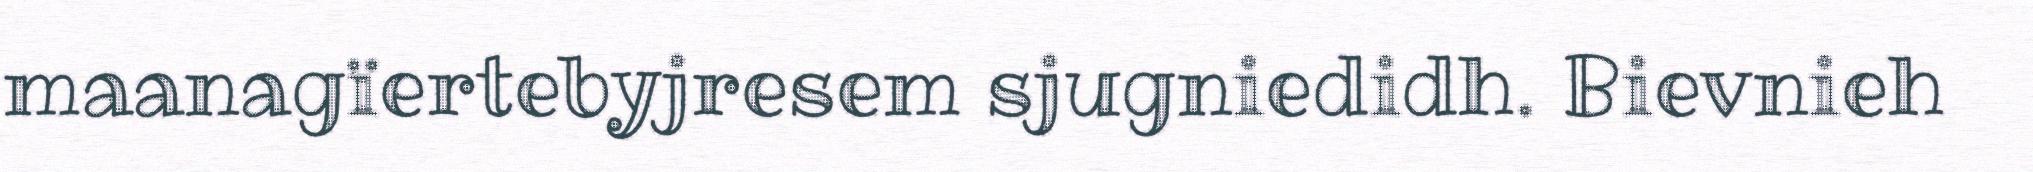
maanagïertebyjresem sjugniedidh. Bievnieh